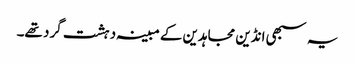
یہ سبھی انڈین مجاہدین کے مبینہ دہشت گرد تھے۔